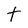
Character: t